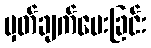
မှတ်ချက်ပေးခြင်း